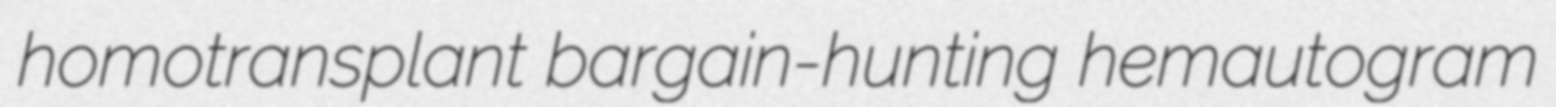
homotransplant bargain-hunting hemautogram